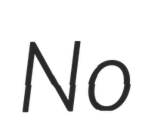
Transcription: No